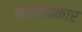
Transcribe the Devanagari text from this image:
कथनप्रकार